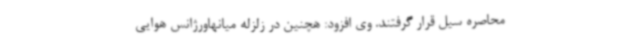
محاصره سیل قرار گرفتند. وی افزود: هچنین در زلزله میانهاورژانس هوایی